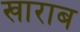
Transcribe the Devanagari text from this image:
खाराब